Indian journal of veterinary science and animal husbandry - Volumes 15-17, 1948-1951
Year: 1948
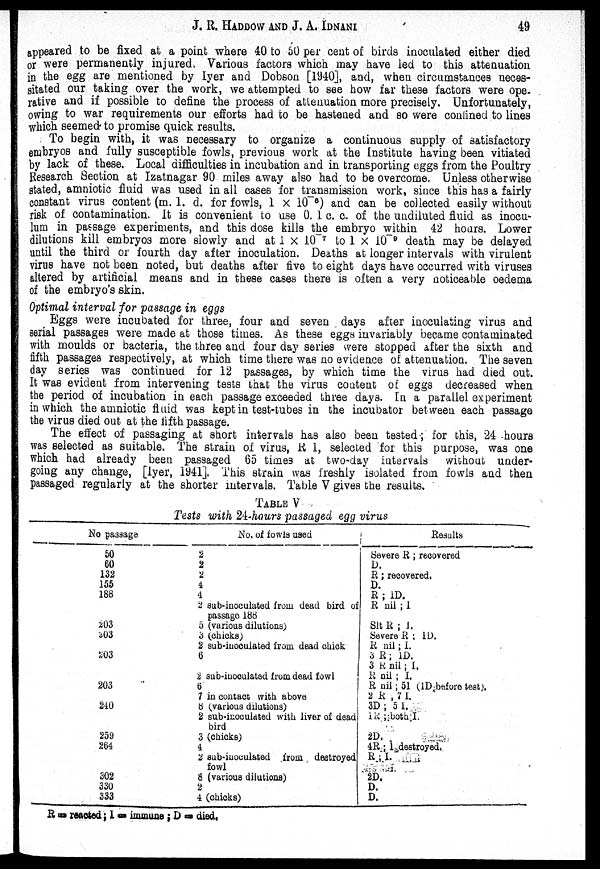
J. R. HADDOW AND J. A.
IDNANI
49
appeared to be fixed at a point where 40 to 50 per cent of birds inoculated either died
or were permanently injured, Various factors which may have led to this attenuation
in the egg are mentioned by Iyer and Dobson [1940], and, when circumstances neces-
sitated our taking over the work, we attempted to see how far these factors were ope¬
rative and if possible to define the process of attenuation more precisely. Unfortunately,
owing to war requirements our efforts had to be hastened and so were confined to lines
which seemed to promise quick results.
To begin with, it was necessary to organize a continuous supply of satisfactory
embryos and fully susceptible fowls, previous work at the Institute having been vitiated
by lack of these. Local difficulties in incubation and in transporting eggs from the Poultry
Research Section at Izatnagar 90 miles away also had to be overcome. Unless otherwise
stated, amniotic fluid was used in all cases for transmission work, since this has a fairly
constant virus content (m. 1. d. for fowls, 1 × 10 -6 ) and can be collected easily without
risk of contamination. It is convenient to use 0. 1 c. c. of the undiluted fluid as inocu-
lum in passage experiments, and this dose kills the embryo within 42 hours. Lower
dilutions kill embryos more slowly and at 1 × 10 -7 to 1 × 10 -9 death may be delayed
until the third or fourth day after inoculation. Deaths at longer intervals with virulent
virus have not been noted, but deaths after five to eight days have occurred with viruses
altered by artificial means and in these cases there is often a very noticeable oedema
of the embryo's skin.
Optimal interval for passage in eggs
Eggs were incubated for three, four and seven days after inoculating virus and
serial passages were made at those times. As these eggs invariably became contaminated
with moulds or bacteria, the three and four day series were stopped after the sixth and
fifth passages respectively, at which time there was no evidence of attenuation. The seven
day series was continued for 12 passages, by which time the virus had died out.
It was evident from intervening tests that the virus content of eggs decreased when
the period of incubation in each passage exceeded three days. In a parallel experiment
in which the amniotic fluid was kept in test-tubes in the incubator between each passage
the virus died out at the fifth passage.
The effect of passaging at short intervals has also been tested ; for this, 24 hours
was selected as suitable. The strain of virus, R 1, selected for this purpose, was one
which had already been passaged 65 times at two-day intervals without under-
going any change, [Iyer, 1941]. This strain was freshly isolated from fowls and then
passaged regularly at the shorter intervals. Table V gives the results.
TABLE V
Tests with 24-hours passaged egg virus
No passage
50
60
132
155
188
203
203
203
203
240
259
264
302
330
333
No. of fowls used
2
2
2
4
4
2 sub-inoculated from dead bird of
passage 188
5 (various dilutions)
3 (chicks)
2 sub-inoculated from dead chick
6
2 sub-inoculated from dead fowl
6
7 in contact with above
8 (various dilutions)
2 sub-inoculated with liver of dead
bird
3 (chicks)
4
2 sub-inoculated from destroyed
fowl
8 (various dilutions)
2
4 (chicks)
Results
Severe R ; recovered
D.
R ; recovered.
D.
R ; 1D.
R nil ; I
Slt R ; I.
Severe R ; 1D.
R nil ; I.
3 R ; 1D.
3 R nil ; I.
R nil ; I.
R nil; 51 (1D-before test).
2 R , 7 I.
3D ; 5 I.
1R ; both I.
2D.
4R ; 1 destroyed.
R ; I.
2D.
D.
D.
R = reacted; I = immune ; D = died.